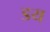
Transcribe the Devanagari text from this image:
डय